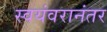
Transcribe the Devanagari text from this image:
स्वयंवरानंतर